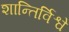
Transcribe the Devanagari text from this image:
शान्तिर्विश्वे